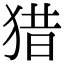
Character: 猎